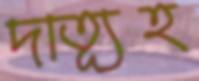
দাত্যূহ